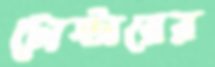
টোস্টারের